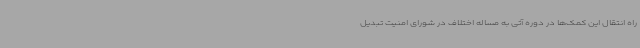
راه انتقال این کمک‌ها در دوره آتی به مساله اختلاف در شورای امنیت تبدیل